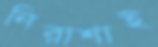
নিরাশাই